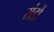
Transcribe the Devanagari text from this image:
रांडों